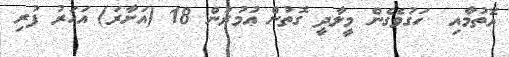
އޮތުމާއި  ހަގުވެގެން މީލާދީ ގޮތުން ޢުމުރުން 18 (އަށާރަ) އަހަރު ފުރި